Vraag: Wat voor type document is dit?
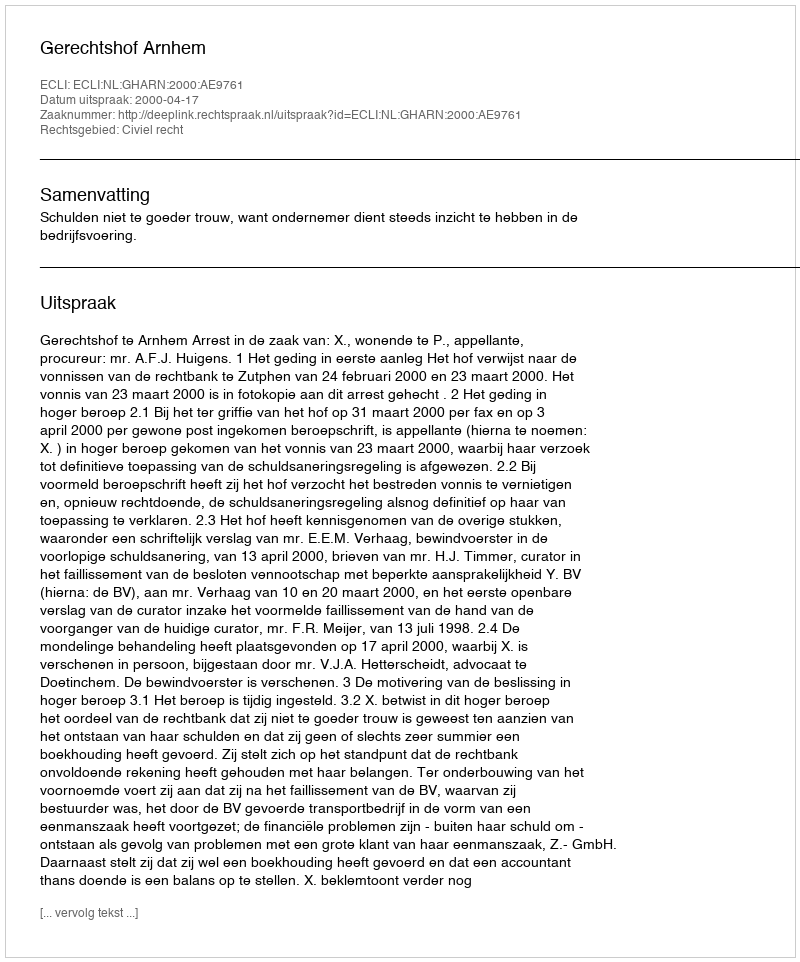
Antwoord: Uitspraak